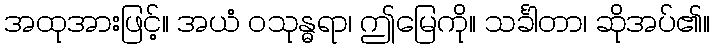
အထုအားဖြင့်။ အယံ ဝသုန္ဓရာ၊ ဤမြေကို။ သင်္ခါတာ၊ ဆိုအပ်၏။